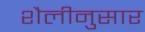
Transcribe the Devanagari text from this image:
शैलीनुसार